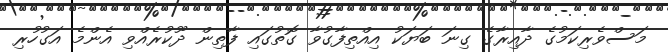
މަސްވެރިކަމުގެ ދާއިރާގެ ގިނަ ބަޔަކު އިއްތިފާގުވާ ގޮތުގައި ފާތިން ދޫކުރެއްވި އެންމެ އަގުހުރި